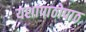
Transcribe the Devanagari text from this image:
यशापाठोपाठ